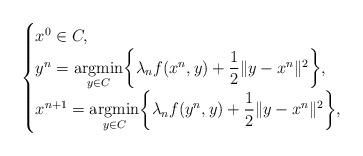
LaTeX: \begin{align*}\begin{cases}x^0\in C,\\y^{n}=\underset{y\in C}{\textup{argmin}}\bigg\{\lambda_n f(x^n,y)+\dfrac{1}{2}\|y-x^n\|^2\bigg\}, \\x^{n+1}=\underset{y\in C}{\textup{argmin}}\bigg\{\lambda_n f(y^n,y)+\dfrac{1}{2}\|y-x^{n}\|^2\bigg\},\end{cases}\end{align*}